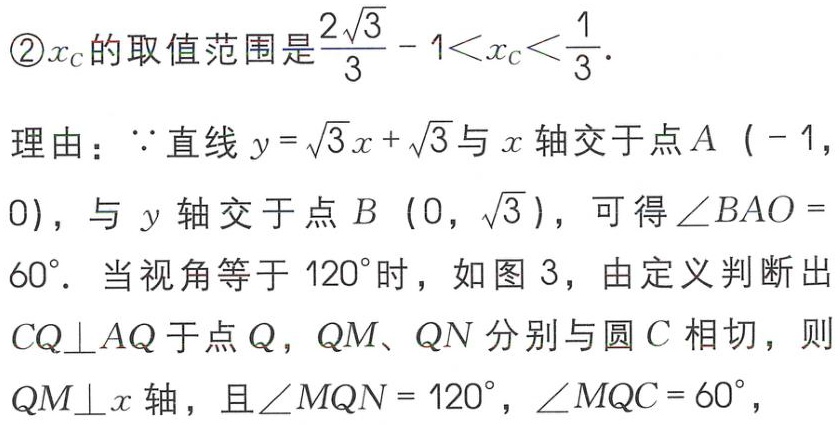
\textcircled{2}\(x_{C}\)的取值范围是\(\frac{2\sqrt{3}}{3}-1<x_{C}<\frac{1}{3}\).
理由：\(\because\)直线\(y = \sqrt{3}x+\sqrt{3}\)与\(x\)轴交于点\(A\)（\(-1\)，\(0\)），与\(y\)轴交于点\(B\)（\(0\)，\(\sqrt{3}\)），可得\(\angle BAO = 60^{\circ}\). 当视角等于\(120^{\circ}\)时，如图3，由定义判断出\(CQ\perp AQ\)于点\(Q\)，\(QM\)、\(QN\)分别与圆\(C\)相切，则\(QM\perp x\)轴，且\(\angle MQN = 120^{\circ}\)，\(\angle MQC = 60^{\circ}\)，